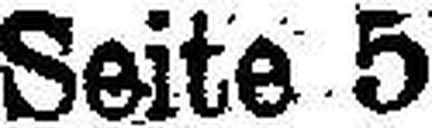
Seite 5